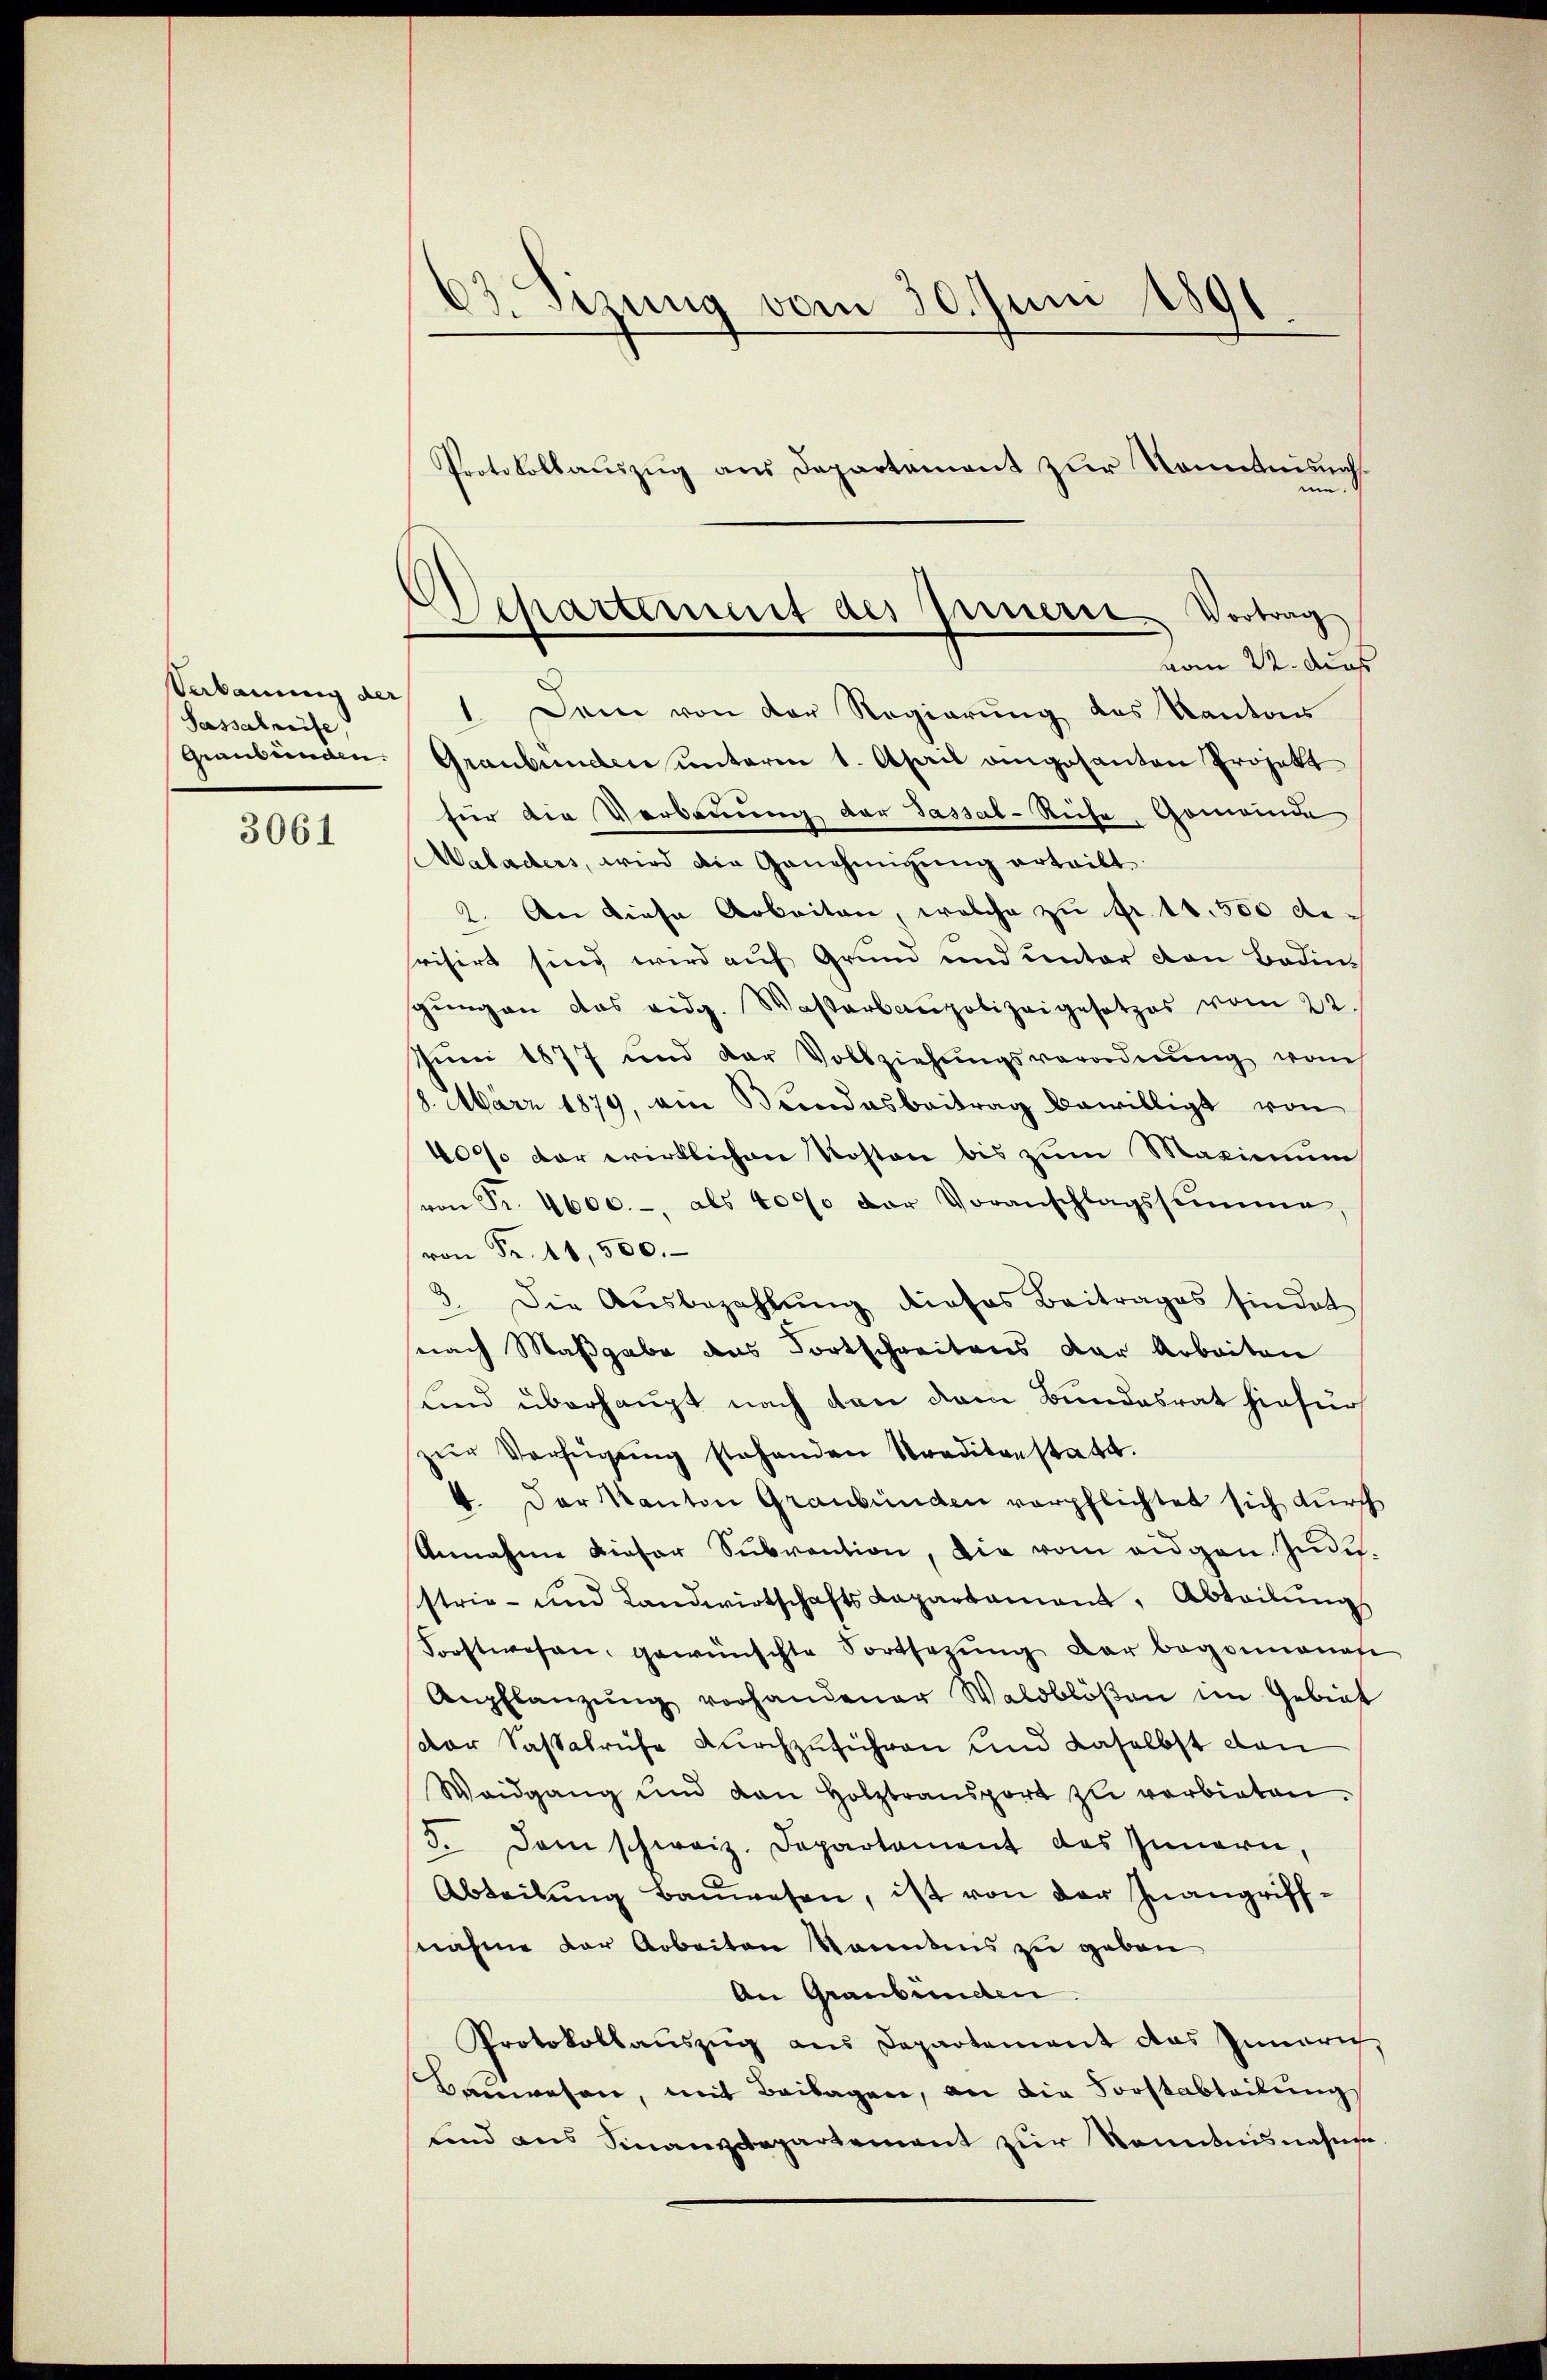
Verbauung der
Sassabreife,
Graubünden.

3061

03. Sizung vom 30. Juni 1891.
Protokollauszug aus Departement zur Sonntnisnah¬

Departement des Innere Vortrag
vom 22. dies

me.
1. Dem von der Regierung des Kantons
Graubünden unterm 1. April angesanten Projekt
für die Verbauung der Passal-Reche, Gemeinde
Maladers, wird die Genehmigŭng ertritt
2. An diese Arbeiten, welche zu fr. 10,500 desrisirt sind wird auf Grund und unter von Boden-
gungen das eidg. Wasterbaupolizeigesetzes vom 22
Juni 1877 und der Vollziehŭngsverordnŭng vom
18. März 1879, am Bundesbeitrag bewilligt von
40% der wirklichen Roston bis zum Maximum
von Fr. 4600.- als 4000 der Voranschlagssumme.
von Fr. 11,500.
3. Die Aŭsbezahlŭng dieses Beitrages sindot
nach Maßgabe das Fortschreitens der Arbeiten
Kind überhaupt nach von dem Bundesrat hiefür
zŭr Verfügŭng stehenden Straditanstatt.
4. Der Kanton Graubünden verpflichtet sich durch
Annahme dieser Sŭbvention, die vom eidgen. Industrie- und Landwirtschafts Kapartament, Abteilŭng
Forstwesen, gewünschte Fortsetzŭng der begonnenen
Anpflanzŭng vorhandener Waldblöβen im Gebiet
dar Saßabruche durchzuführen und daselbst dan
Waidgang und den Holztransport zŭ verbieten.
5. dem schweiz. Departament des Innern,
Abteilŭng Baŭwesen, ist von der Inangriffnahme der Arbeiten kanntens zu geben
An Graubünden.
Protokollaŭszŭg ans Departement das Innerich,
Bauwesen, mit Beilagen, an die Forstabteilung
sind aus Finanzdepartement zur Kenntnisnahme